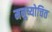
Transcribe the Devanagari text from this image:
मनुष्योचित